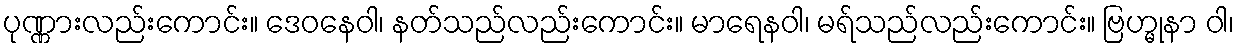
ပုဏ္ဏားလည်းကောင်း။ ဒေဝနေဝါ၊ နတ်သည်လည်းကောင်း။ မာရေနဝါ၊ မရ်သည်လည်းကောင်း။ ဗြဟ္မုနာ ဝါ၊